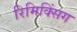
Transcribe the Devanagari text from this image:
रिमिक्सिंग